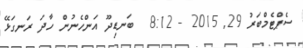
ސެޕްޓެމްބަރު 29